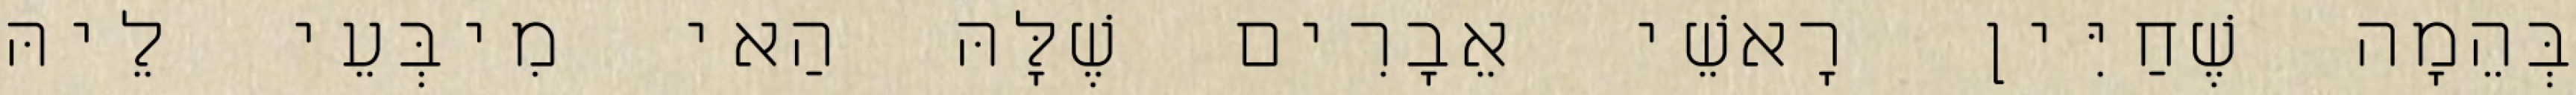
בְּהֵמָה שֶׁחַיִּין רָאשֵׁי אֵבָרִים שֶׁלָּהּ הַאי מִיבְּעֵי לֵיהּ